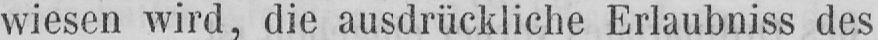
wiesen wird, die ausdrückliche Erlaubniss des